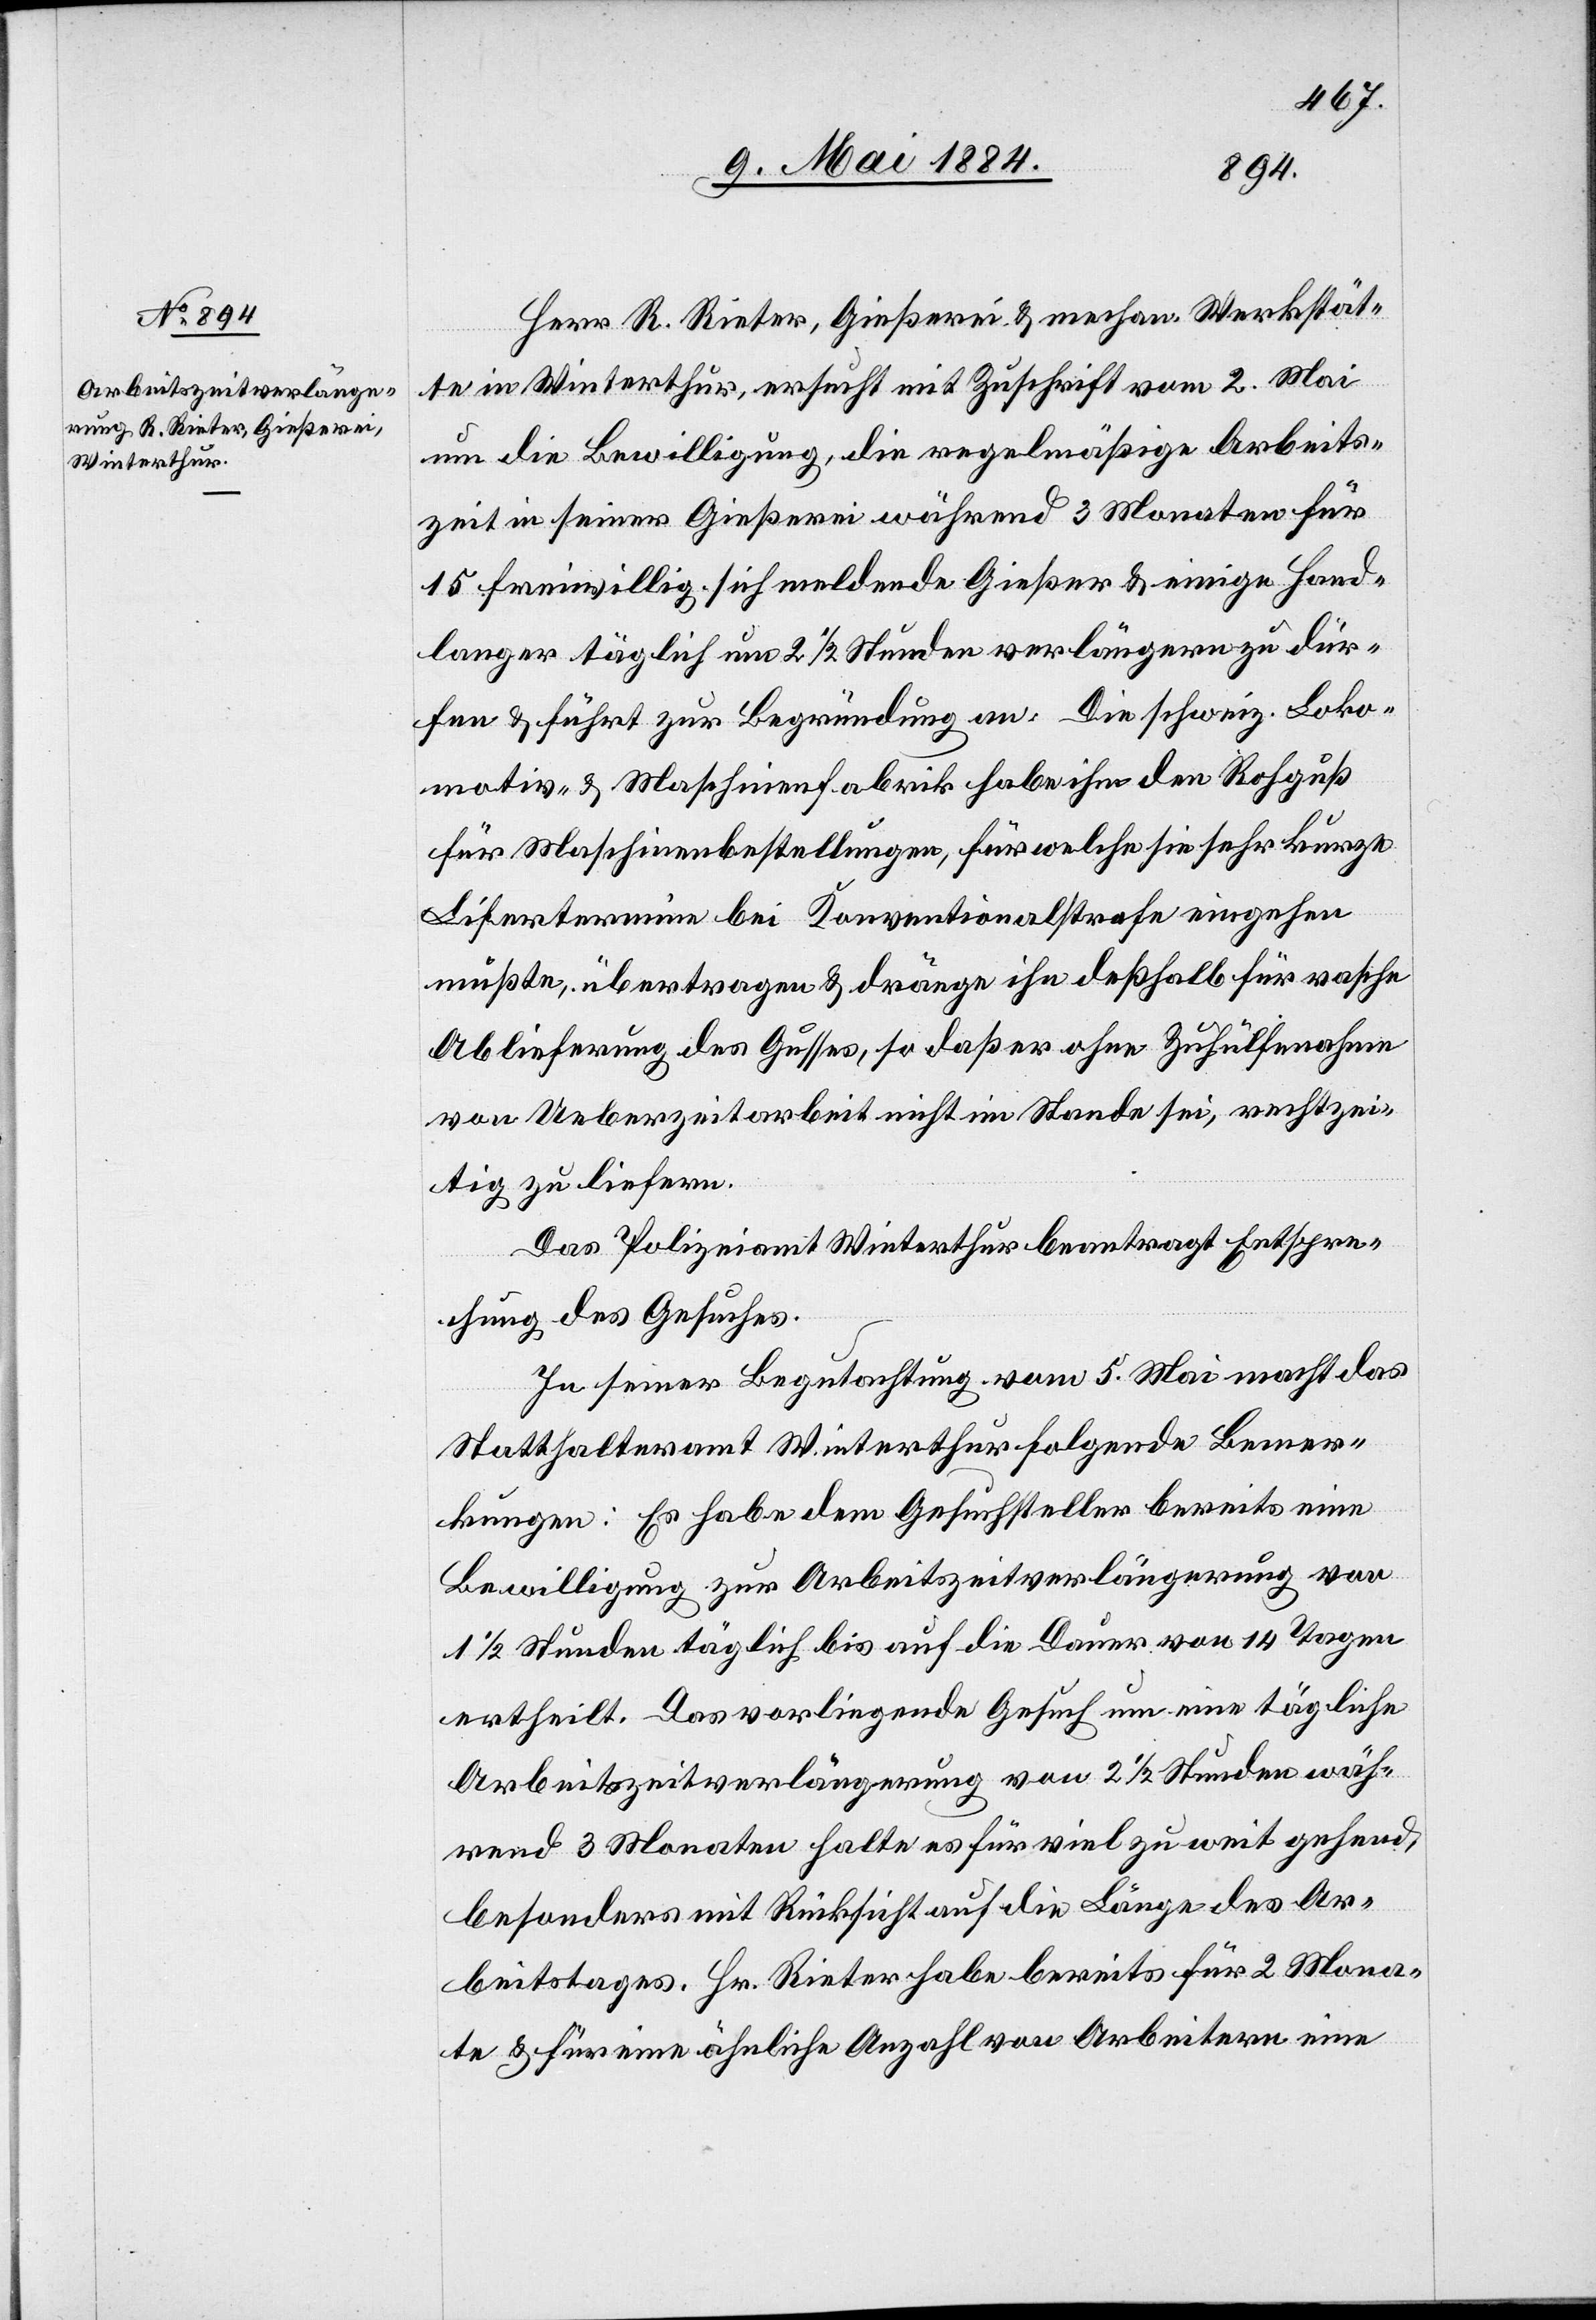
Herr R. Rieter, Gießerei & mechan. Werkstät¬
te in Winterthur, ersucht mit Zuschrift vom 2. Mai
um die Bewilligung, die regelmäßige Arbeits¬
zeit in seiner Gießerei während 3 Monaten für
15 freiwillig sich meldende Gießer & einige Hand¬
langer täglich um 2 1/2 Stunden verlängern zu dür¬
fen & führt zur Begründung an: Die schweiz. Loko¬
motiv- & Maschinenfabrik habe ihm den Rohguß
die Maschinenbestellungen, für welche sie sehr kurze
Li[e]fertermine bei Konventionalstrafe eingehen
mußte, übertragen & dränge ihn deßhalb für rasche
Ablieferung des Gusses, so daß er ohne Zuhülfenahme
von Ueberzeitarbeit nicht im Stande sei, rechtzei¬
tig zu liefern.
Das Polizeiamt Winterthur beantragt Entspre¬
chung des Gesuches.
In seiner Begutachtung vom 5. Mai macht das
Statthalteramt Winterthur folgende Bemer¬
kungen: Es habe dem Gesuchsteller bereits eine
Bewilligung zur Arbeitszeitverlängerung von
1/2 Stunden täglich bis auf die Dauer von 14 Tagen
ertheilt. Das vorliegende Gesuch um eine tägliche
Arbeitszeitverlängerung von 2 1/2 Stunden wäh¬
rend 3 Monaten halte es für viel zu weit gehend,
besonders mit Rücksicht auf die Länge des Ar¬
beitstages. Hr. Rieter habe bereits für 2 Mona¬
te & für eine ähnliche Anzahl von Arbeitern eine